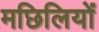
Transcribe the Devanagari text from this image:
मछिलियों